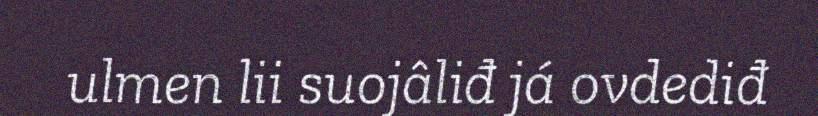
ulmen lii suojâliđ já ovdediđ